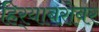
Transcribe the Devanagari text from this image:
हिर्‍याबरोबर